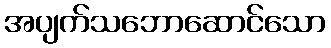
အပျက်သဘောဆောင်သော